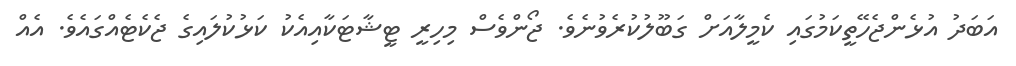
އަބަދު އުޅެންޖެހޭތީކަމުގައި ކެމީލާއަށް ގަބޫލުކުރެވުނެވެ. ޖޯންވެސް މިހިރީ ޓީޝާޓަކާއިއެކު ކަޅުކުލައިގެ ޖެކެޓެއްގައެވެ. އެއް